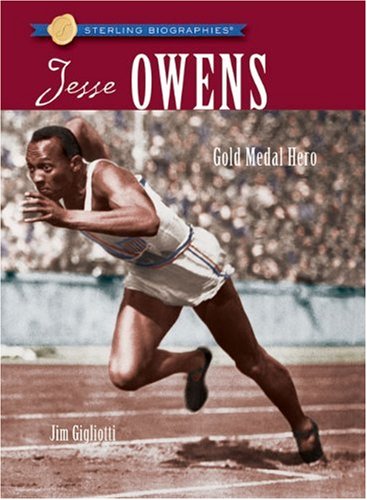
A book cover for Sterling BiographiesÂ®: Jesse Owens: Gold Medal Hero; Jim Gigliotti; Children's Books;